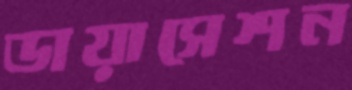
ডায়াসেশন